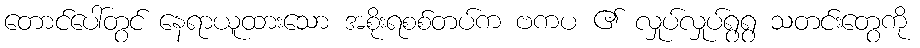
တောင်ပေါ်တွင် နေရာယူထားသော အစိုးရစစ်တပ်က ဗကပ ၏ လှုပ်လှုပ်ရွရွ သတင်းတွေကို